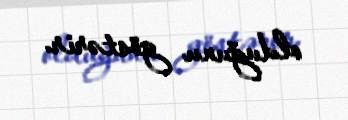
olduğunu göstərir.